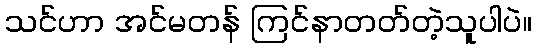
သင်ဟာ အင်မတန် ကြင်နာတတ်တဲ့သူပါပဲ။